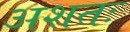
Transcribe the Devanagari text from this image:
अशतः